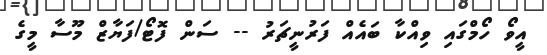
އީވޯ ހޯމްގައި ވިއްކާ ބައެއް ފަރުނީޗަރު -- ސަން ފޮޓޯ/ފަޔާޒް މޫސާ މީގެ